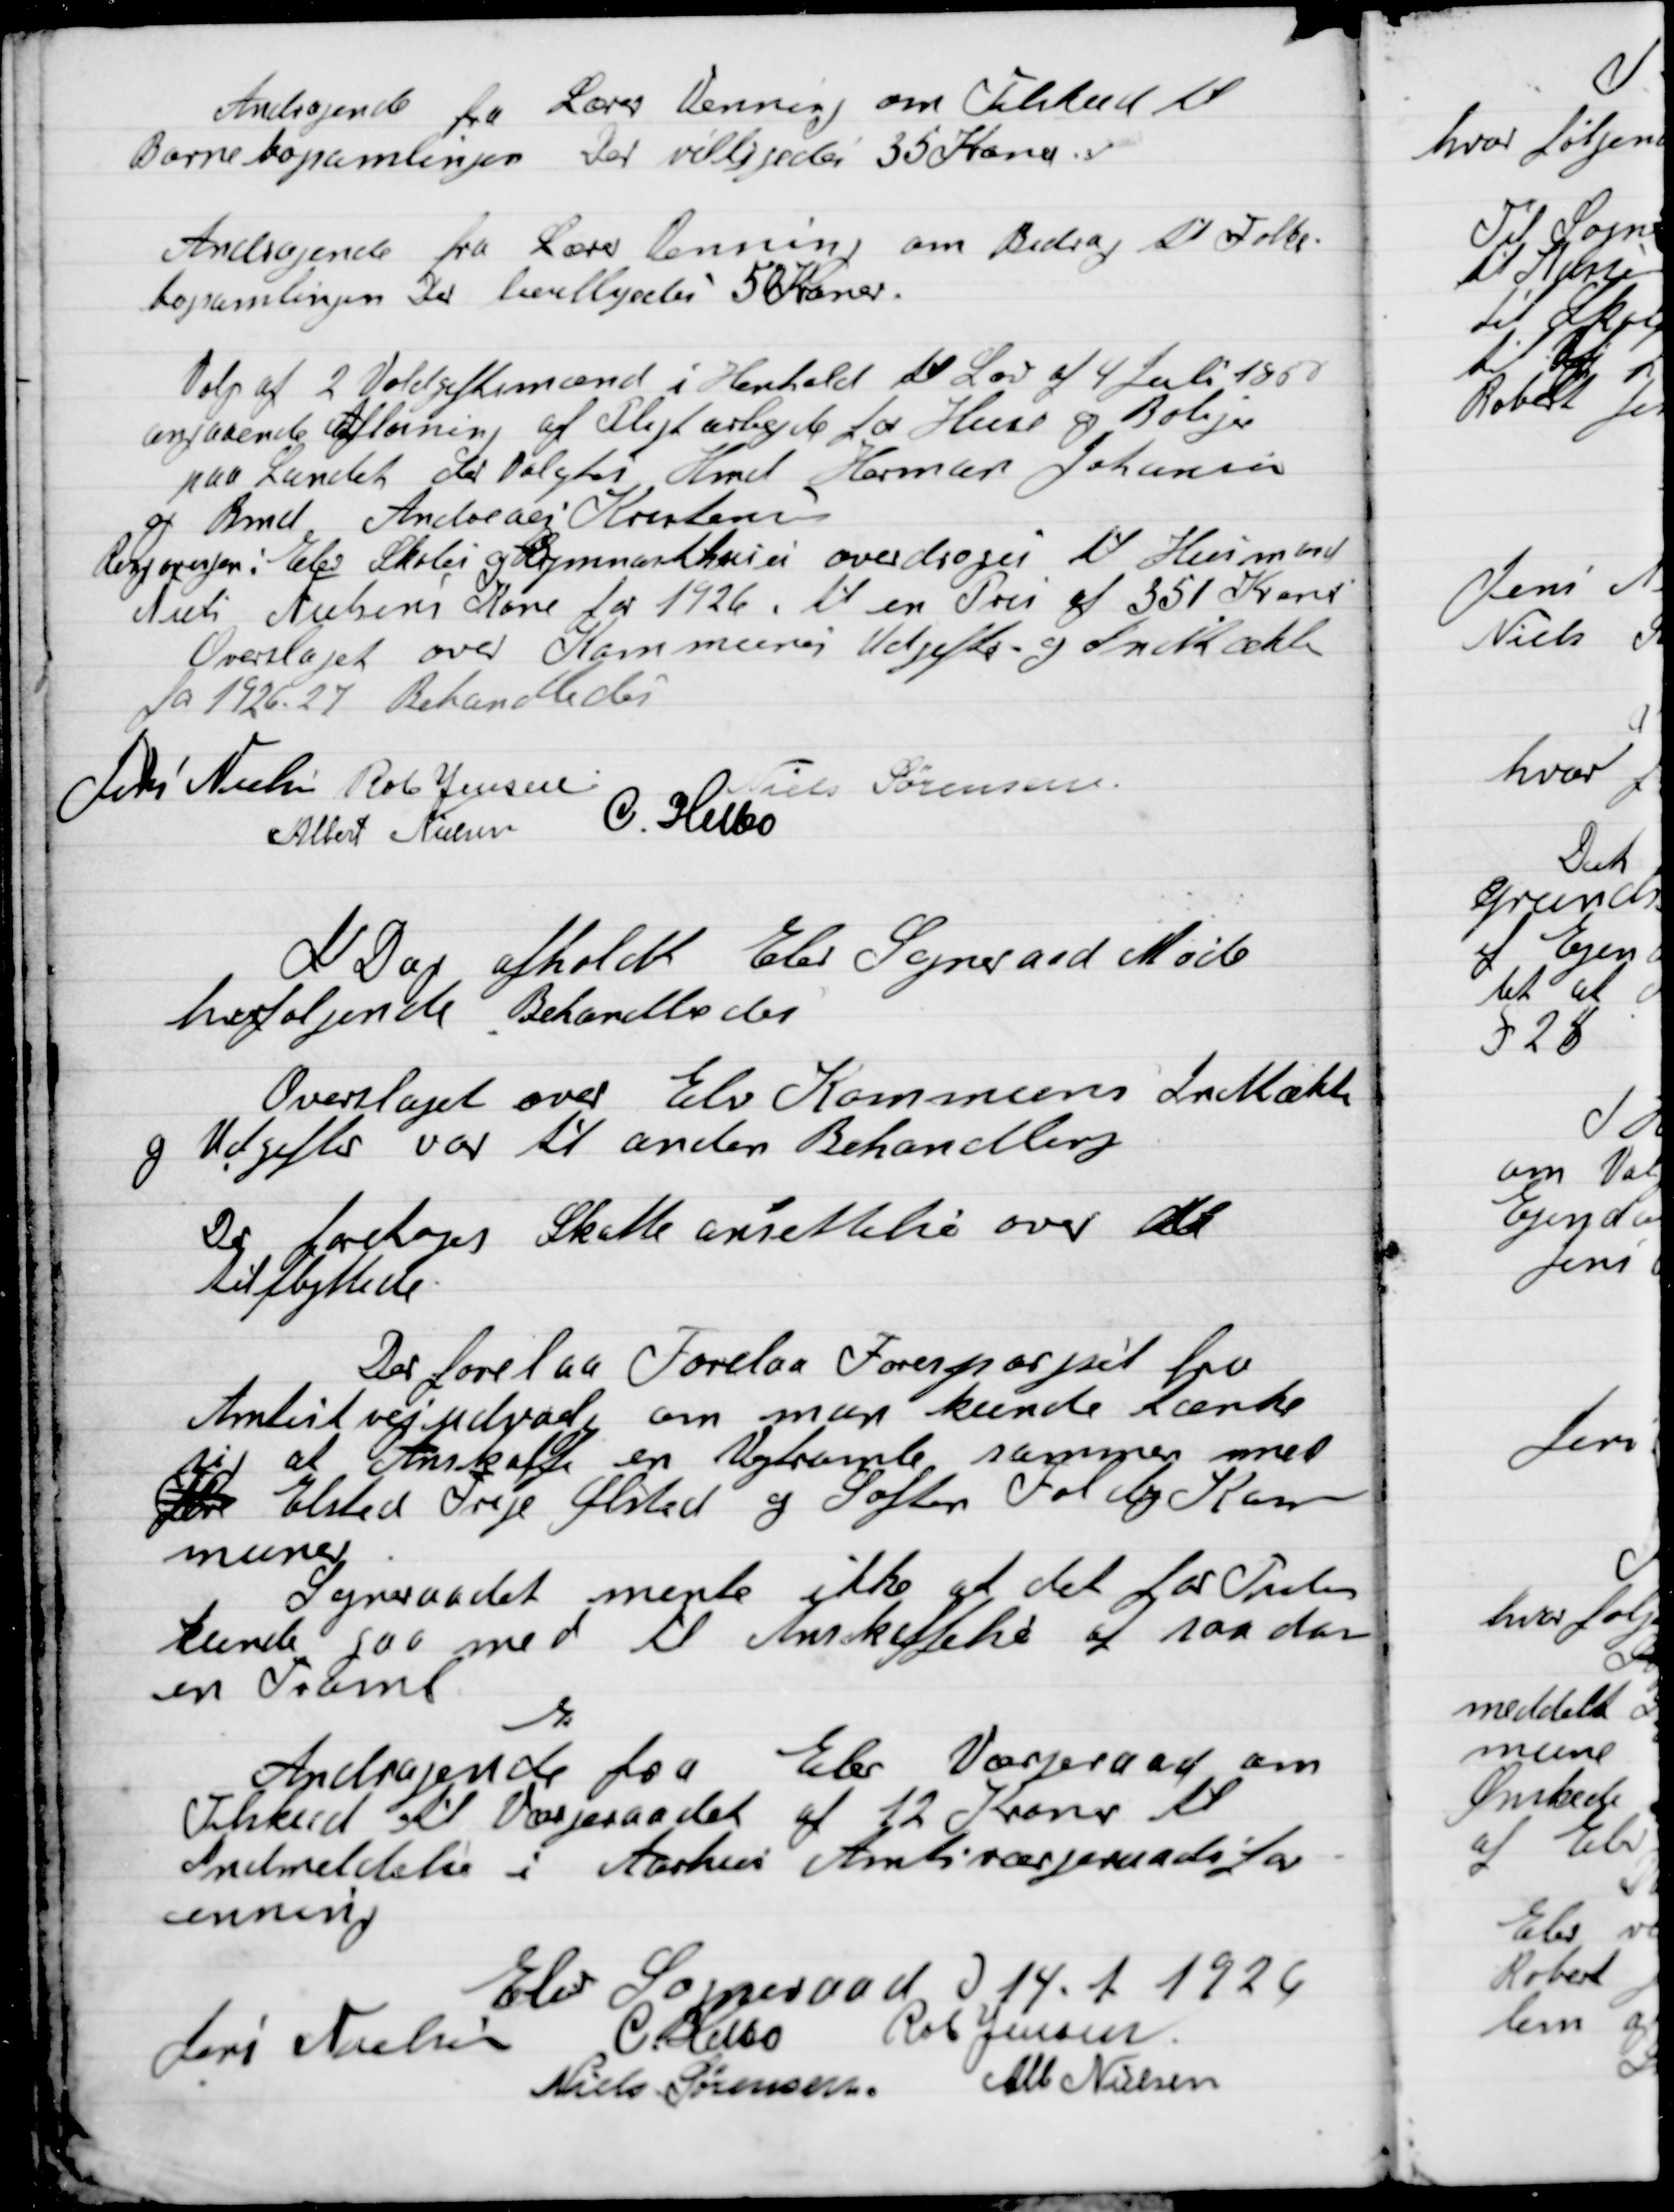
Transskription:
Andragende fra Lærer Venning om Tilskud til
Børnebogsamlingen. Der bevilgedes 35 Kroner.

Andragende fra Lærer Venning om Bidrag til Folke-
bogsamlingen. Der bevilgedes 50 Kroner.

Valg af 2 Voldgiftsmænd i Henhold til Lov af 4 Juli 1850
Angaaende Aflønning af Pligtarbejde for Huse og Boliger
paa Landet. Der Valgtes Hmd. Herman Johansen
Bmd. Andreas Kristensen.
Rengørelsen i Elev Skoles og Gymnastikhal overdroges til Husmand
Niels Fuhens Kone for 1926 til en Pris af 351 Kroner.
Overslaget over Kommunens Udgifter og Indtægter
fra 1926-27 Behandledes.

Jens Nielsen
Rob. Jensen
Niels Sørensen
Albert Nielsen
C. Helbo

I Dag afholdt Elev Sogneraadsmøde
hvor følgende behandledes.
Overslaget over Elev Kommunes Indtægt
og Udgifts var til anden Behandling.
Der foretoges Skatteansættelse over de
tilflyttede.

Der forelaa Forelaa  Forespørgsel fra
Amtsvejudvalg om man kunde tænke
sig at Anskaffe en Vejtromle sammen med
Elsted Trige Ølsted og Søften Folby Kom-
muner.
Sogneraadet mente ikke at det for Tiden
turde gaa med til Anskaffelse af saadan
en Tromle.

Andragende fra Elev Værgeraad om
Tilskud til Værgegaadet af 12 Kroner til
Indmeldelse i Aarhus Amtsværgeraad for-
ening.

Elev Sogneraaad D. 14. 1. 1926

Jens Nielsen
C. Helbo
Rob. Jensen
Niels Sørensen
Alb. Nielsen